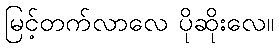
မြင့်တက်လာလေ ပိုဆိုးလေ။